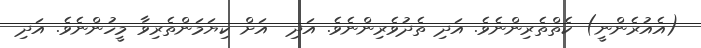
(އެއުރެންނީ) ކެތްތެރިންނެވެ. އަދި ތެދުވެރިންނެވެ. އަދި  އަށް ކިޔަމަންތެރިވާ މީހުންނެވެ. އަދި